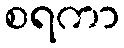
စရကာ